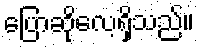
ပြောဆိုလေ့ရှိသည်။